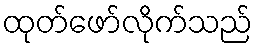
ထုတ်ဖော်လိုက်သည်